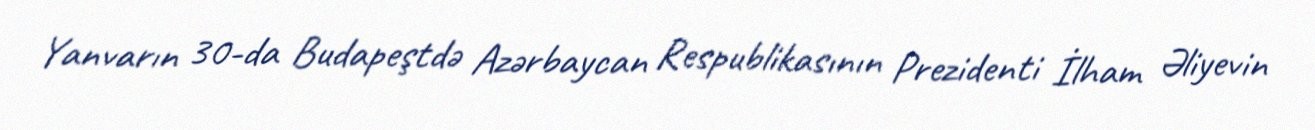
Yanvarın 30-da Budapeştdə Azərbaycan Respublikasının Prezidenti İlham Əliyevin